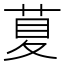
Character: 𦱛